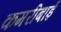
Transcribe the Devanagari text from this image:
कमरीबाई